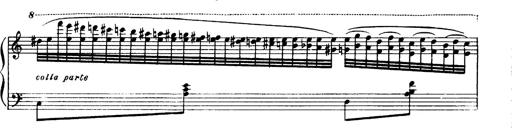
Title: Magyar dalok
Composer: Franz Liszt